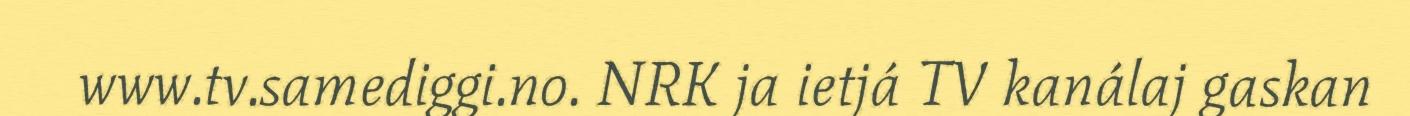
www.tv.samediggi.no. NRK ja ietjá TV kanálaj gaskan